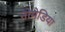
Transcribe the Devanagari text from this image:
नोमेडिया